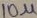
Text: 10u